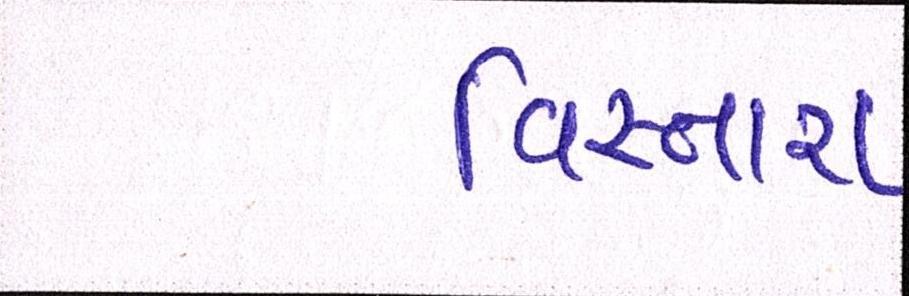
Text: વિસ્તારા